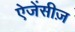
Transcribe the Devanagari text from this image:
ऐजेंसीज़